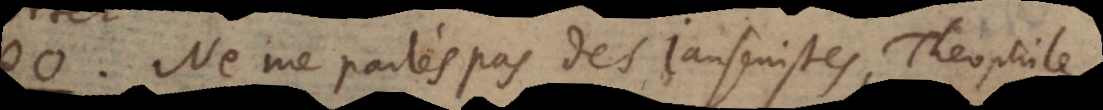
o. Ne me parlés pas des Jansenistes, Theophile,